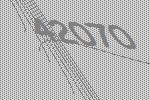
42070